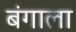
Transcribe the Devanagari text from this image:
बंगाला